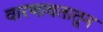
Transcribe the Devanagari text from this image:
वारणावतातून